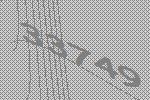
33749